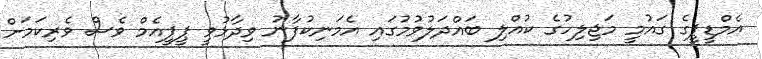
އެމްޑީޕީގެ ގައުމީ މަޖިލިހުގެ ކުއްލި ބައްދަލުވުމުގައި އެމަނިކުފާނު ވިދާޅުވީ ޕީޕީއެމް ވެސް ވެރިކަމަށް